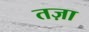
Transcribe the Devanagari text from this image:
तज़ा